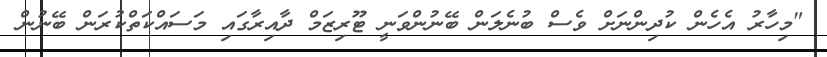
"މިހާރު އެހެން ކުދިންނަށް ވެސް ބުނެލަން ބޭނުންވަނީ ޓޫރިޒަމް ދާއިރާގައި މަސައްކަތްކުރަން ބޭނުން